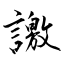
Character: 譤